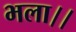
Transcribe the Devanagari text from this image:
भला।।